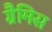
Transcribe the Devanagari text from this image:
ग्रैमिस